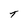
Character: T